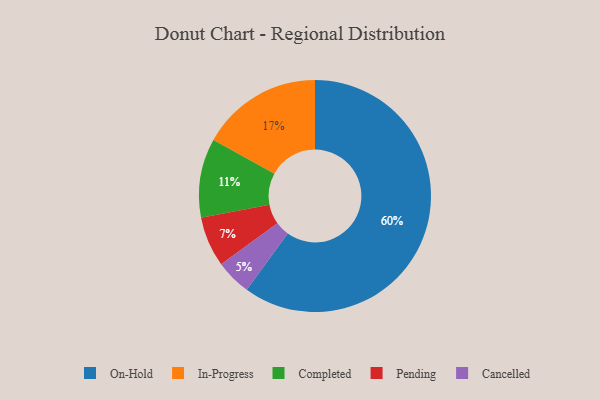
{"axis": {"x": "Category", "y": "Percentage"}, "legend": ["Cancelled", "Completed", "In-Progress", "On-Hold", "Pending"], "data": [{"x": "On-Hold", "y": 60, "type": "On-Hold"}, {"x": "Cancelled", "y": 5, "type": "Cancelled"}, {"x": "In-Progress", "y": 17, "type": "In-Progress"}, {"x": "Completed", "y": 11, "type": "Completed"}, {"x": "Pending", "y": 7, "type": "Pending"}]}